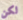
لكن